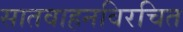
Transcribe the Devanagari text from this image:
सातवाहनविरचित